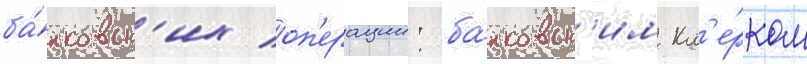
ба́нковск'их оп'ерации: ба́нковск'им кл'е́рком